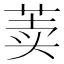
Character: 𰱐